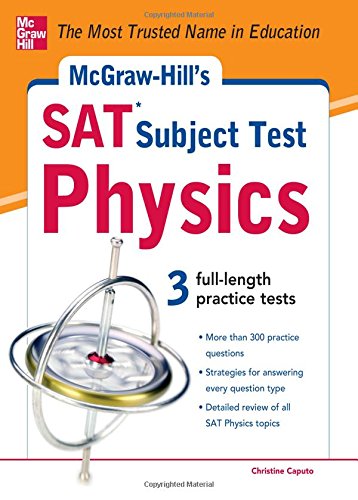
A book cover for McGraw-Hill's SAT Subject Test Physics; Christine Caputo; Test Preparation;